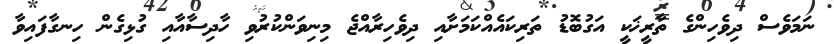
ނަމަވެސް ދިވެހިންގެ ތާރީޚަކީ އަގުބޮޑު ތަރިކައެއްކަމަށާއި ދިވެހިރާއްޖެ މިނިވަންކުރުވި ހާދިސާއާއި ގުޅިގެން ހިނގާފައިވާ